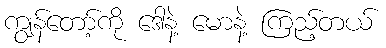
ကျွန်တော့်ကို ဒေါနဲ့ မောနဲ့ ကြည့်တယ်